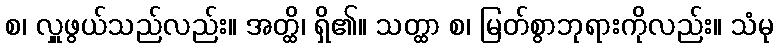
စ၊ လှူဖွယ်သည်လည်း။ အတ္ထိ၊ ရှိ၏။ သတ္ထာ စ၊ မြတ်စွာဘုရားကိုလည်း။ သံမု